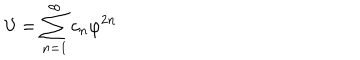
{ \cal V } = \sum _ { n = 1 } ^ { \infty } c _ { n } \varphi ^ { 2 n }